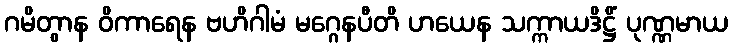
ဂမိတွာန ဝိကာရေန ဗဟိဂါမံ မဂ္ဂေနပီတိ ဟယေန သက္ကာယဒိဋ္ဌိံ ပုဏ္ဏမာယ